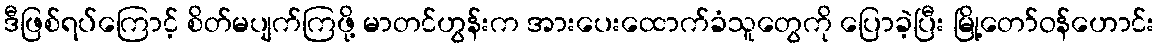
ဒီဖြစ်ရပ်ကြောင့် စိတ်မပျက်ကြဖို့ မာတင်ဟွန်းက အားပေးထောက်ခံသူတွေကို ပြောခဲ့ပြီး မြို့တော်ဝန်ဟောင်း